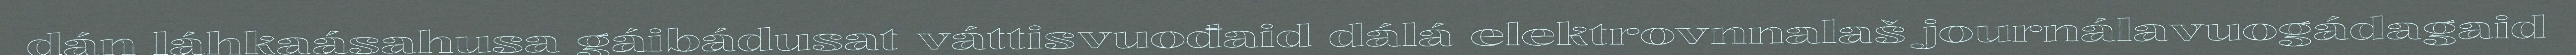
dán láhkaásahusa gáibádusat váttisvuođaid dálá elektrovnnalaš journálavuogádagaid